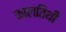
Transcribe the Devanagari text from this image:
कालतिथी